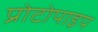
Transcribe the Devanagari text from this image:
प्रोटोपाइप